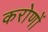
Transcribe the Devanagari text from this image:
करोणों